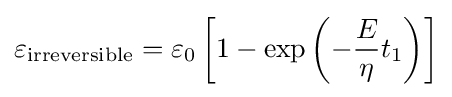
\varepsilon _{\mathrm {irreversible} }=\varepsilon _{0}\left[1-\exp \left(-{\frac {E}{\eta }}t_{1}\right)\right]